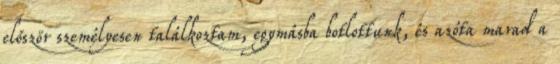
először személyesen találkoztam, egymásba botlottunk, és azóta marad a